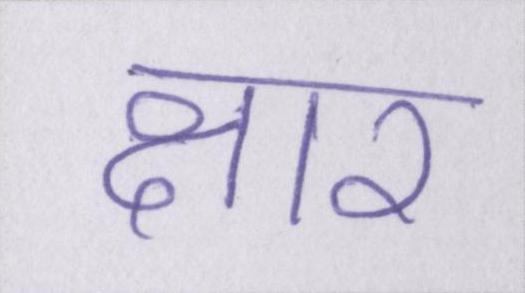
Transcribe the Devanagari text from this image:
क्षार